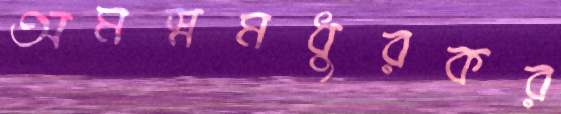
অমস্নমধুরকর